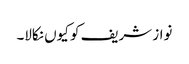
نواز شریف کو کیوں نکالا۔